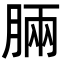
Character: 脼